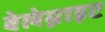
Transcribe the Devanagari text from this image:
बेलेम्नाइट